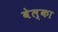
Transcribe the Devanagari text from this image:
वेल्का